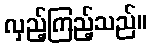
လှည့်ကြည့်သည်။